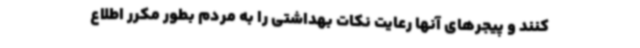
کنند و پیجرهای آنها رعایت نکات بهداشتی را به مردم بطور مکرر اطلاع